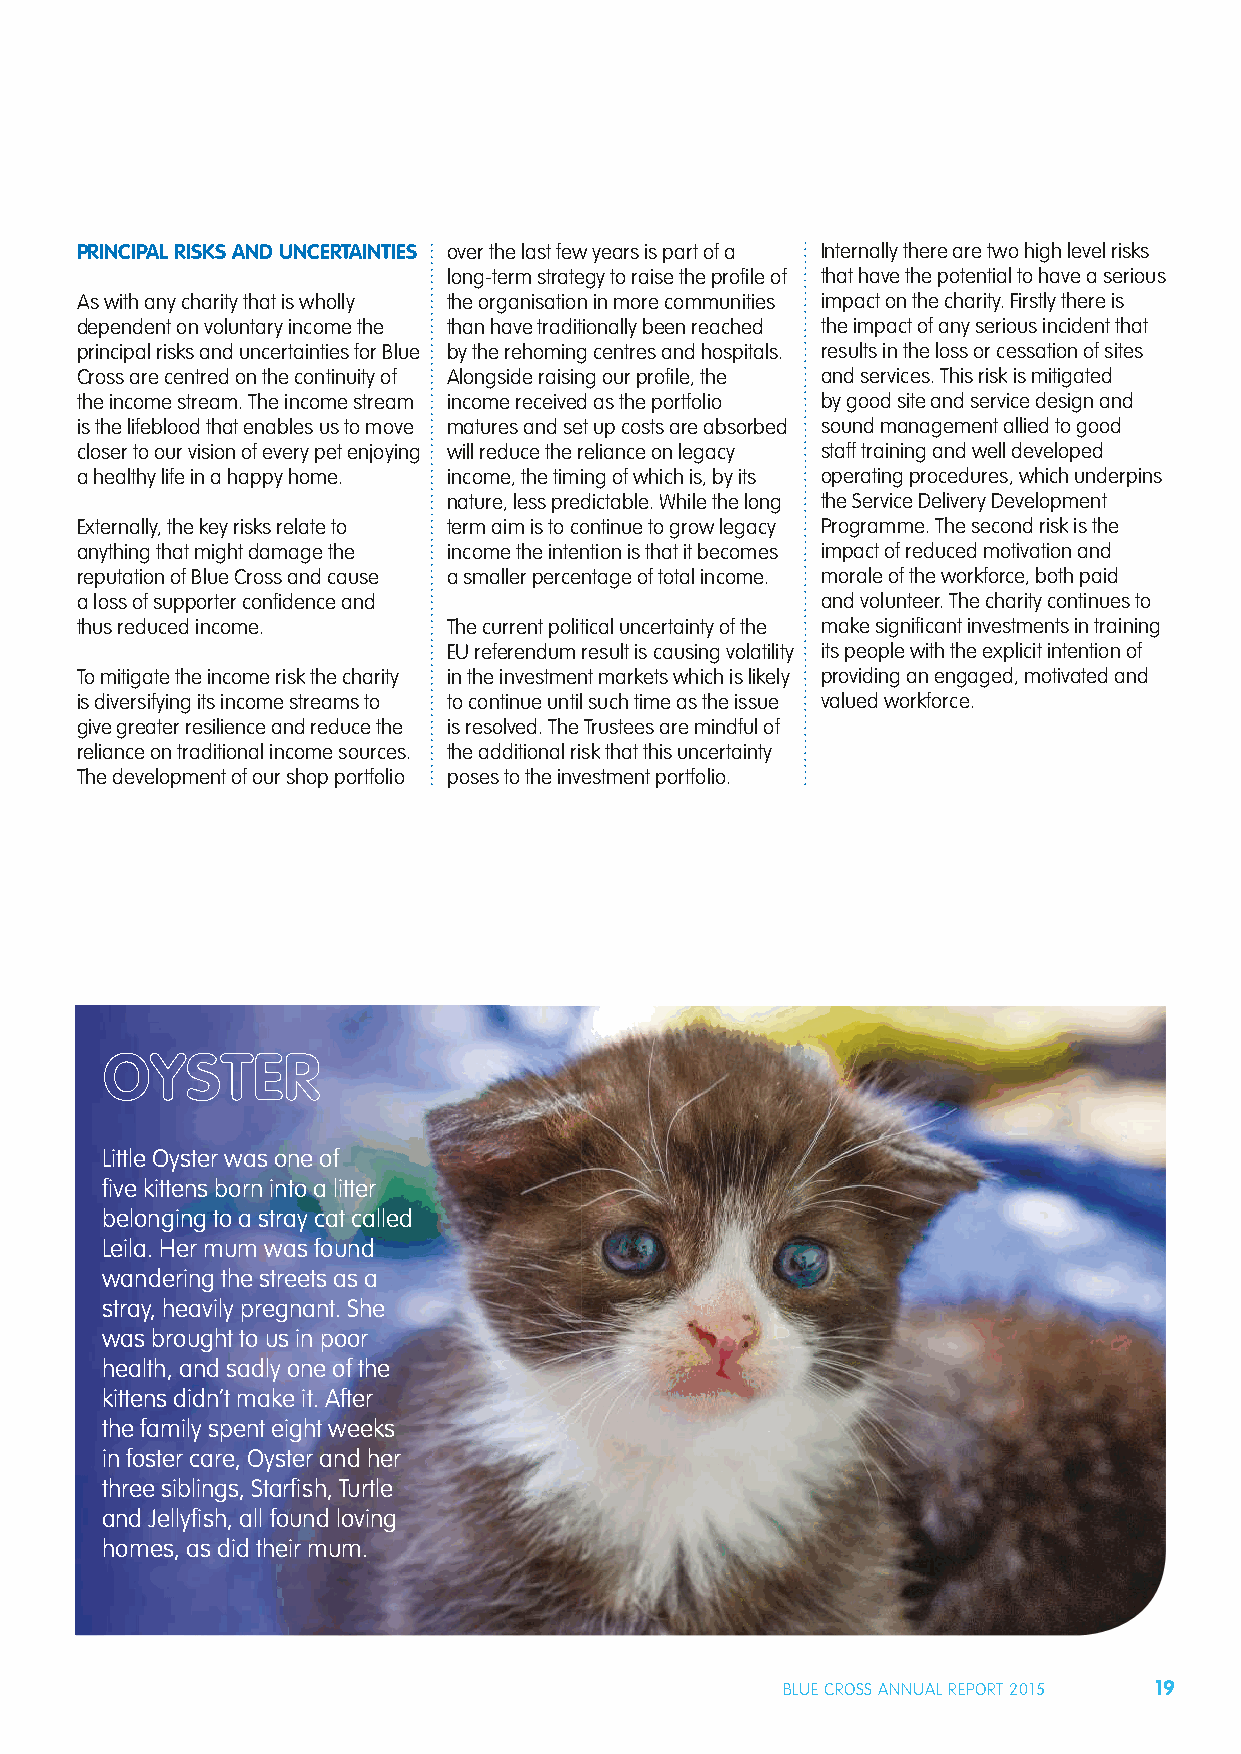
PRINCIPAL RISKS AND UNCERTAINTIES over the last few years is part of a Internally there are two high level risks
 long-term strategy to raise the profi le of that have the potential to have a serious
 As with any charity that is wholly the organisation in more communities impact on the charity. Firstly there is
 dependent on voluntary income the than have traditionally been reached the impact of any serious incident that
 principal risks and uncertainties for Blue by the rehoming centres and hospitals. results in the loss or cessation of sites
 Cross are centred on the continuity of Alongside raising our profi le, the and services. This risk is mitigated
 the income stream. The income stream income received as the portfolio by good site and service design and
 is the lifeblood that enables us to move matures and set up costs are absorbed sound management allied to good
 closer to our vision of every pet enjoying will reduce the reliance on legacy staff training and well developed
 a healthy life in a happy home. income, the timing of which is, by its operating procedures, which underpins
 nature, less predictable. While the long the Service Delivery Development
 Externally, the key risks relate to term aim is to continue to grow legacy Programme. The second risk is the
 anything that might damage the income the intention is that it becomes impact of reduced motivation and
 reputation of Blue Cross and cause a smaller percentage of total income. morale of the workforce, both paid
 a loss of supporter confi dence and              and volunteer. The charity continues to
 thus reduced income.     The current political uncertainty of the make signifi cant investments in training
 EU referendum result is causing volatility its people with the explicit intention of
 To mitigate the income risk the charity in the investment markets which is likely providing an engaged, motivated and
 is diversifying its income streams to to continue until such time as the issue valued workforce.
 give greater resilience and reduce the is resolved. The Trustees are mindful of
 reliance on traditional income sources. the additional risk that this uncertainty
 The development of our shop portfolio poses to the investment portfolio.
 Little Oyster was one of
 fi ve kittens born into a litter
 belonging to a stray cat called
 Leila. Her mum was found
 wandering the streets as a
 stray, heavily pregnant. She
 was brought to us in poor
 health, and sadly one of the
 kittens didn’t make it. After
 the family spent eight weeks
 in foster care, Oyster and her
 three siblings, Starfi sh, Turtle
 and Jellyfi sh, all found loving
 homes, as did their mum.
 BLUE CROSS ANNUAL REPORT 2015 19